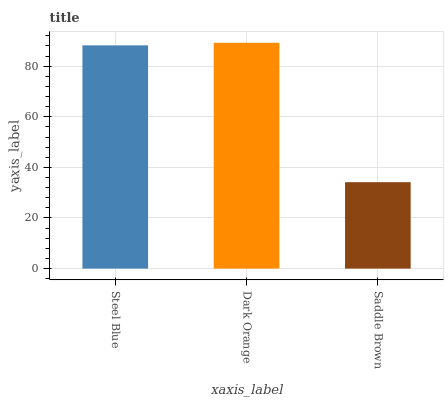
| xaxis_label | bars |
 | --- | --- |
 | Steel Blue | 88.2 |
 | Dark Orange | 89.2 |
 | Saddle Brown | 34.1 |